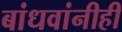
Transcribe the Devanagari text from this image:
बांधवांनीही